Medical and sanitary report of the native army of Madras for the year
Year: 1877
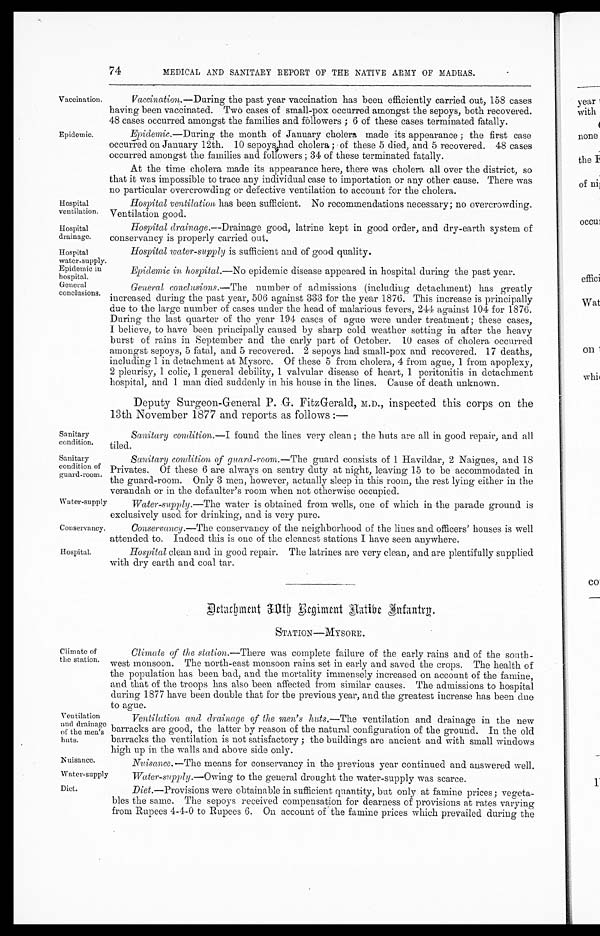
Hospital
ventilation.
Hospital
drainage.
Hospital
water-supply.
Epidemic in
hospital.
Sanitary
condition of
guard-room.
Water-supply
Conservancy,
Hospital.
74
MEDICAL AND SANITARY REPORT OF THE NATIVE ARMY OF MADRAS.
Vaccination.
Epidemic.
Vaccination.— During the past year vaccination has been efficiently carried out, 158 cases
having been vaccinated. Two cases of small-pox occurred amongst the sepoys, both recovered.
48 cases occurred amongst the families and followers; 6 of these cases terminated fatally.
Epidemic.— During the month of January cholera made its appearance; the first case
occurred on January 12th. 10 sepoys had cholera; of these 5 died, and 5 recovered. 48 cases
occurred amongst the families and followers; 34 of these terminated fatally.
At the time cholera made its appearance here, there was cholera all over the district, so
that it was impossible to trace any individual case to importation or any other cause. There was
no particular overcrowding or defective ventilation to account for the cholera.
Hospital ventilation has been sufficient. No recommendations necessary; no overcrowding.
Ventilation good.
Hospital drainage .—Drainage good, latrine kept in good order, and dry-earth system of
conservancy is properly carried out.
Hospital water-supply is sufficient and of good quality.
Epidemic in hospital.—No epidemic disease appeared in hospital during the past year.
General
conclusions.
Sanitary
condition.
General conclusions.— The number of admissions (including detachment) has greatly
increased during the past year, 506 against 333 for the year 1876. This increase is principally
due to the large number of cases under the head of malarious fevers, 244 against 104 for 1876.
During the last quarter of the year 194 cases of ague were under treatment; these cases,
I believe, to have been principally caused by sharp cold weather setting in after the heavy
burst of rains in September and the early part of October. 10 cases of cholera occurred
amongst sepoys, 5 fatal, and 5 recovered. 2 sepoys had small-pox and recovered. 17 deaths,
including 1 in detachment at Mysore. Of these 5 from cholera, 4 from ague, 1 from apoplexy,
2 pleurisy, 1 colic, 1 general debility, 1 valvular disease of heart, 1 peritonitis in detachment
hospital, and 1 man died suddenly in his house in the lines. Cause of death unknown.
Deputy Surgeon-General P. G. FitzGerald, M.D., inspected this corps on the
13th November 1877 and reports as follows:—
Sanitary condition.— I found the lines very clean; the huts are all in good repair, and all
tiled.
Sanitary condition of guard-room.— The guard consists of 1 Havildar, 2 Naigues, and 18
Privates. Of these 6 are always on sentry duty at night, leaving 15 to be accommodated in
the guard-room. Only 3 men, however, actually sleep in this room, the rest lying either in the
verandah or in the defaulter's room when not otherwise occupied.
Water-supply.—The
water is obtained from wells, one of which in the parade ground is
exclusively used for drinking, and is very pure.
Conservancy.— The conservancy of the neighborhood of the lines and officers' houses is well
attended to. Indeed this is one of the cleanest stations I have seen anywhere.
Hospital clean and in good repair. The latrines are very clean, and are plentifully supplied
with dry earth and coal tar.
Detacbment 30th Regiment Aatibe Infantry.
STATION—MYSORE.
Climate of
the station.
Ventilation
and drainage
of the men's
huts.
Climate of the station.— There was complete failure of the early rains and of the south
-
west monsoon. The north-east monsoon rains set in early and saved the crops. The health of
the population has been bad, and the mortality immensely increased on account of the famine,
and that of the troops has also been affected from similar causes. The admissions to hospital
during 1877 have been double that for the previous year, and the greatest increase has been due
to ague.
Ventilation and drainage of the men's huts.— The ventilation and drainage in the new
barracks are good, the latter by reason of the natural configuration of the ground. In the old
barracks the ventilation is not satisfactory; the buildings are ancient and with small windows
high up in the walls and above side only.
Nuisance.
Water-supply
Nuisance. —The means for conservancy in the previous year continued and answered well.
Water-supply .— Owing to the general drought the water-supply was scarce.
Diet.
Diet. —Provisions were obtainable in sufficient quantity, but only at famine prices; vegeta-
- b l e s t h e s a m e . T h e s e p o y s r e c e i v e d c o m p e n s a t i o n f o r d e a r n e s s o f p r o v i s i o n s a t r a t e s v a r y i n g
from Rupees 4-4-0 to Rupees 6. On account of the famine prices which prevailed during the